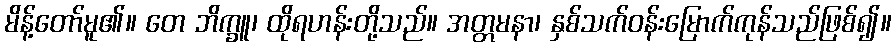
မိန့်တော်မူ၏။ တေ ဘိက္ခူ၊ ထိုရဟန်းတို့သည်။ အတ္တမနာ၊ နှစ်သက်ဝန်းမြောက်ကုန်သည်ဖြစ်၍။